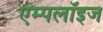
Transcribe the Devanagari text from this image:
एम्‍पलॉइज